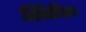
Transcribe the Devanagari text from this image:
क्षितीशः